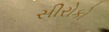
સીરોકો